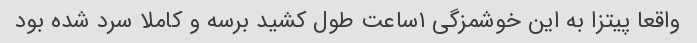
واقعا پیتزا به این خوشمزگی ۱ساعت طول کشید برسه و کاملا سرد شده بود